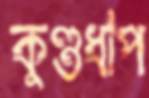
কুণ্ডধাপ